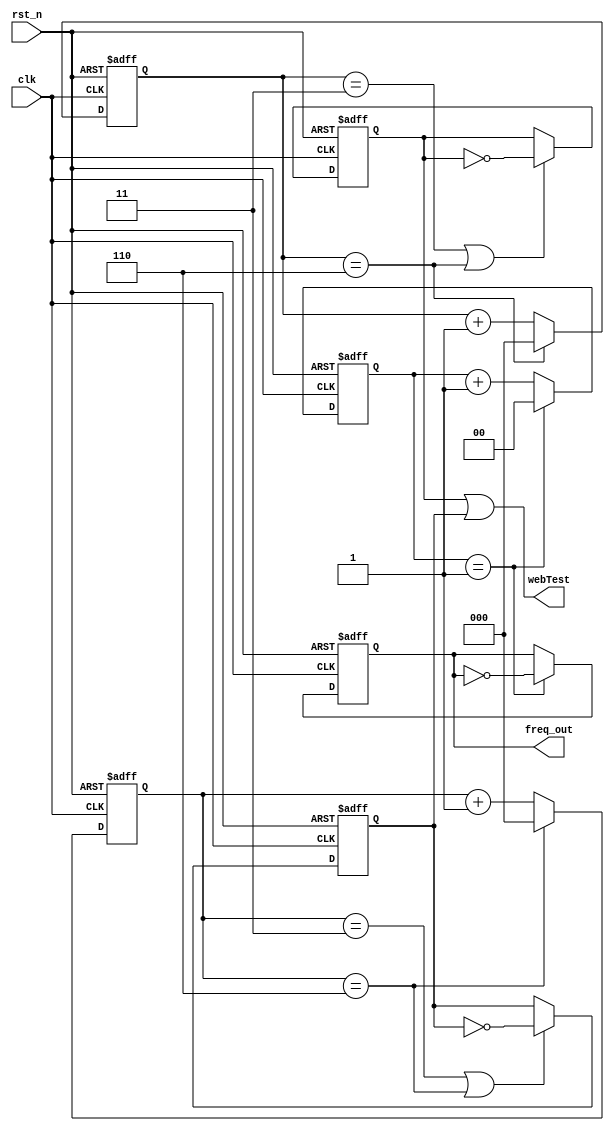
module freqDivider(
    clk,
    rst_n,
    freq_out,
    webTest
);
// divide 4 freq

//---------------------------------------------------------------
// Parameter Declaration
//---------------------------------------------------------------
localparam FREQUENCY = 2;

//---------------------------------------------------------------
// Input & Output Declaration
//---------------------------------------------------------------
input clk;
input rst_n;
output reg freq_out;
output webTest;

//---------------------------------------------------------------
// Reg & Wire Declaration
//---------------------------------------------------------------
reg [1:0] cnt;
wire adjustFreq;
// website testing
reg [2:0] cnt_p;
reg [2:0] cnt_n;
reg       clk_p;
reg       clk_n;

//wire adjustFreq;
assign adjustFreq = (cnt == FREQUENCY - 1);

//reg [1:0] cnt;
always @(posedge clk or negedge rst_n) begin
    if(~rst_n) begin
        cnt <= 2'd0;
    end else begin
        cnt <= (adjustFreq) ? 2'd0 : cnt + 2'd1;
    end
end

//output reg freq_out;
always @(posedge clk or negedge rst_n) begin
    if(~rst_n) begin
        freq_out <= 1'b0;
    end else if(adjustFreq) begin
        freq_out <= ~freq_out;
    end
end

//---------------------------------------------------------------
// Website Testing
//---------------------------------------------------------------

assign webTest = clk_p | clk_n;

always @ (posedge clk or negedge rst_n) begin
    if(!rst_n) 
        cnt_p <= 3'd0;
    else if(cnt_p == 3'd6)
        cnt_p <= 3'd0;
    else 
        cnt_p <= cnt_p + 1'b1;
end

always @ (posedge clk or negedge rst_n) begin
    if(!rst_n)     
        clk_p <= 1'b0;
    else if((cnt_p == 3'd3) || (cnt_p == 3'd6))
        clk_p <= ~ clk_p;
end
//---------------------------------------------

//----------count the negedge------------------

always @ (negedge clk or negedge rst_n) begin
    if(!rst_n) 
        cnt_n <= 3'd0;
    else if(cnt_n == 3'd6) 
        cnt_n <= 3'd0;
    else
        cnt_n <= cnt_n + 1'b1;
end

always @ (negedge clk or negedge rst_n) begin
    if(!rst_n) 
        clk_n <= 1'b0;
    else if((cnt_n == 3'd3) || (cnt_n == 3'd6)) 
        clk_n <= ~clk_n;
end
//----------------------------------------------

endmodule